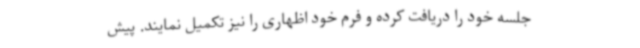
جلسه خود را دریافت کرده و فرم خود اظهاری را نیز تکمیل نمایند. پیش